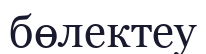
бөлектеу